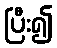
ပြီး၍